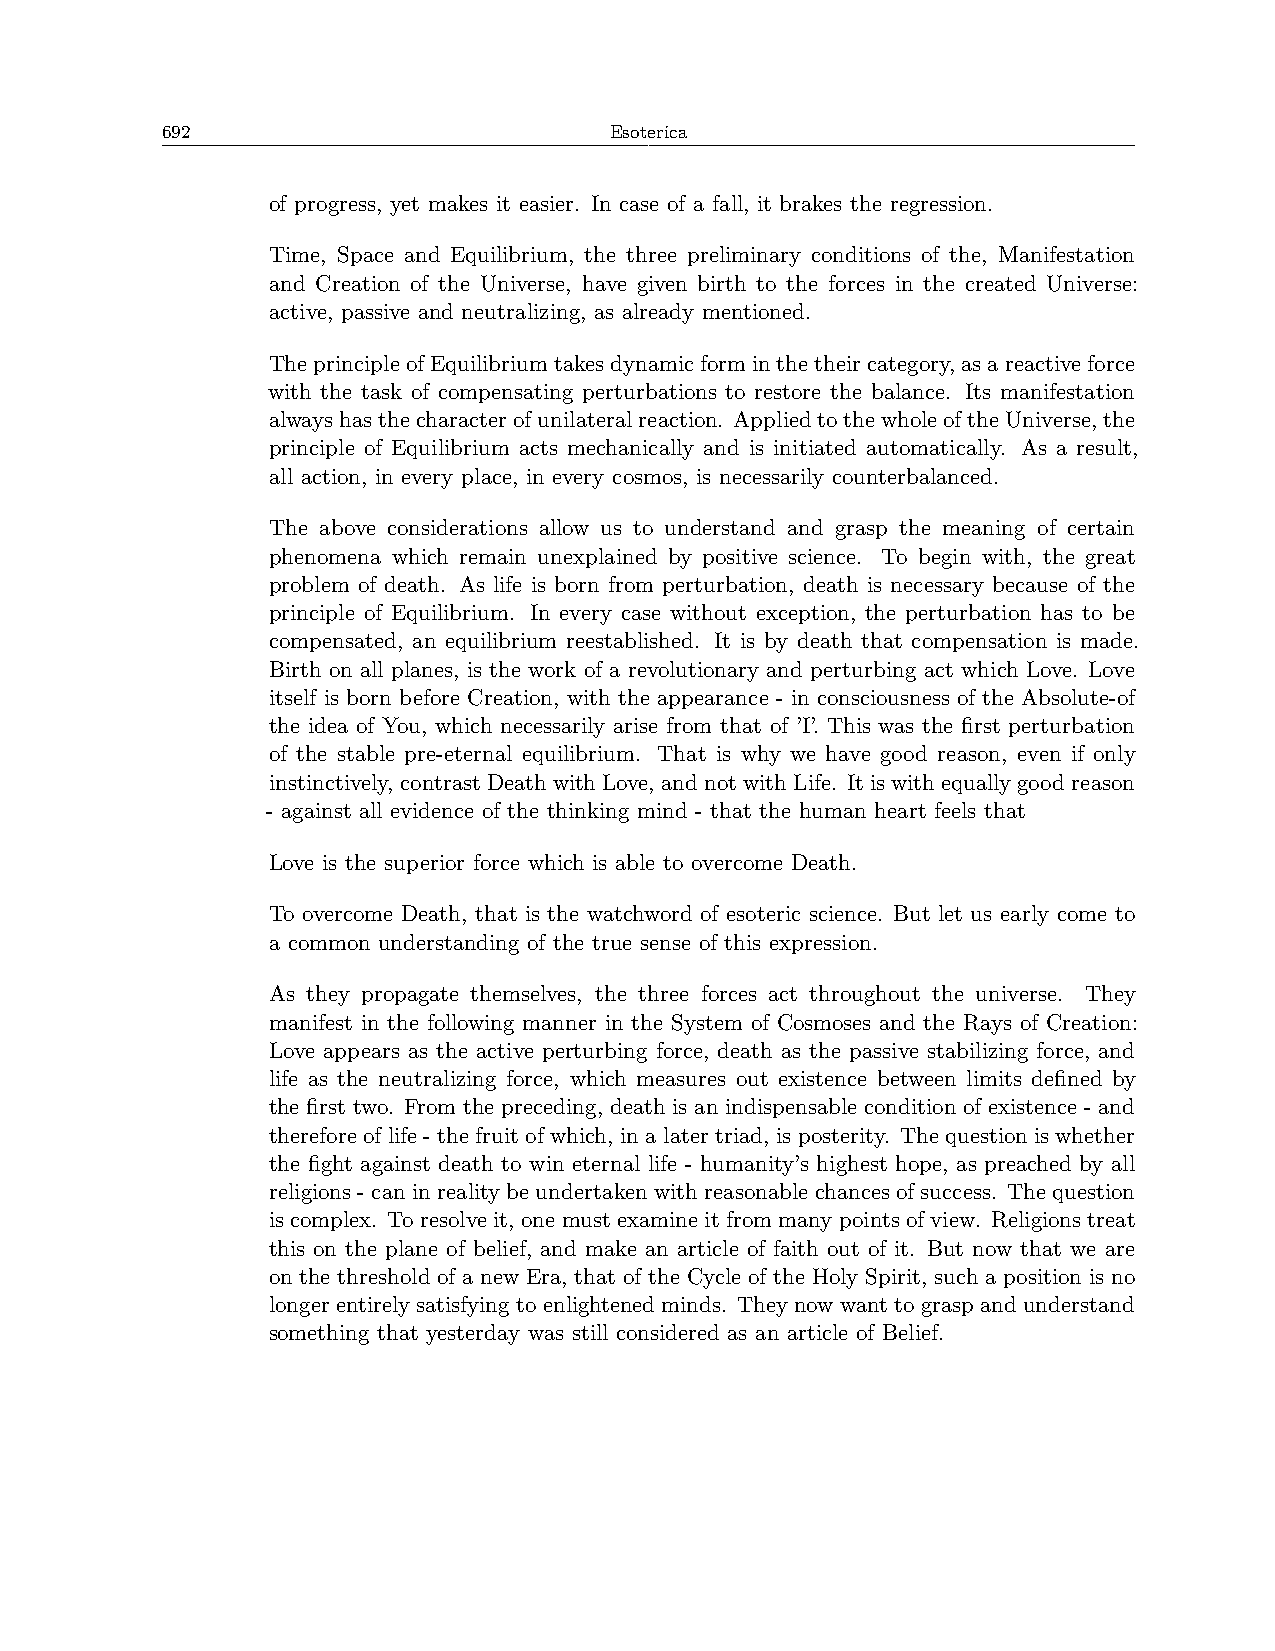
692                          Esoterica
 of progress, yet makes it easier. In case of a fall, it brakes the regression.
 Time, Space and Equilibrium, the three preliminary conditions of the, Manifestation
 and Creation of the Universe, have given birth to the forces in the created Universe:
 active, passive and neutralizing, as already mentioned.
 TheprincipleofEquilibriumtakesdynamicforminthetheircategory,asareactiveforce
 with the task of compensating perturbations to restore the balance. Its manifestation
 alwayshasthecharacterofunilateralreaction. AppliedtothewholeoftheUniverse,the
 principle of Equilibrium acts mechanically and is initiated automatically. As a result,
 all action, in every place, in every cosmos, is necessarily counterbalanced.
 The above considerations allow us to understand and grasp the meaning of certain
 phenomena which remain unexplained by positive science. To begin with, the great
 problem of death. As life is born from perturbation, death is necessary because of the
 principle of Equilibrium. In every case without exception, the perturbation has to be
 compensated, an equilibrium reestablished. It is by death that compensation is made.
 Birth on all planes, is the work of a revolutionary and perturbing act which Love. Love
 itself is born before Creation, with the appearance - in consciousness of the Absolute-of
 the idea of You, which necessarily arise from that of ’I’. This was the first perturbation
 of the stable pre-eternal equilibrium. That is why we have good reason, even if only
 instinctively,contrastDeathwithLove,andnotwithLife. Itiswithequallygoodreason
 - against all evidence of the thinking mind - that the human heart feels that
 Love is the superior force which is able to overcome Death.
 To overcome Death, that is the watchword of esoteric science. But let us early come to
 a common understanding of the true sense of this expression.
 As they propagate themselves, the three forces act throughout the universe. They
 manifest in the following manner in the System of Cosmoses and the Rays of Creation:
 Love appears as the active perturbing force, death as the passive stabilizing force, and
 life as the neutralizing force, which measures out existence between limits defined by
 the first two. From the preceding, death is an indispensable condition of existence - and
 therefore of life - the fruit of which, in a later triad, is posterity. The question is whether
 the fight against death to win eternal life - humanity’s highest hope, as preached by all
 religions - can in reality be undertaken with reasonable chances of success. The question
 is complex. To resolveit, one mustexamine it from many pointsof view. Religions treat
 this on the plane of belief, and make an article of faith out of it. But now that we are
 on the threshold of a new Era, that of the Cycle of the Holy Spirit, such a position is no
 longerentirelysatisfyingtoenlightenedminds. Theynowwanttograspandunderstand
 something that yesterday was still considered as an article of Belief.